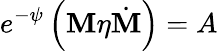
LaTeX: e^{-\psi}\left(\mathbf{M}\eta\dot{{\mathbf{M}}}\right)=A